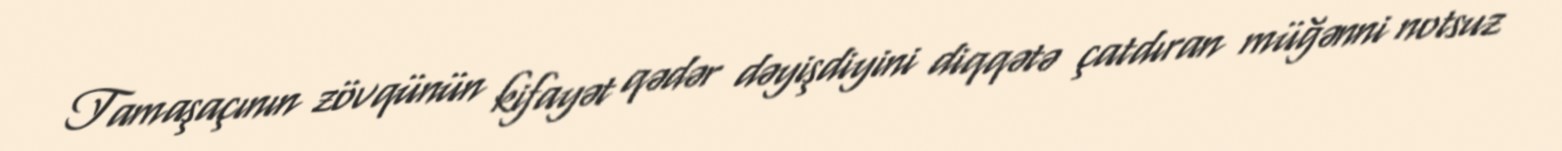
Tamaşaçının zövqünün kifayət qədər dəyişdiyini diqqətə çatdıran müğənni notsuz